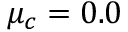
\mu _ { c } = 0 . 0